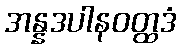
အန္နဒပါနဝတ္ထဒံ